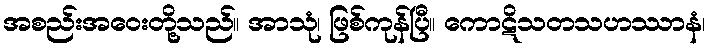
အစည်းအဝေးတို့သည်။ အာသုံ၊ ဖြစ်ကုန်ပြီ။ ကောဋိသတသဟဿာနံ၊